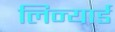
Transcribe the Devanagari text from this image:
लिन्यार्ड